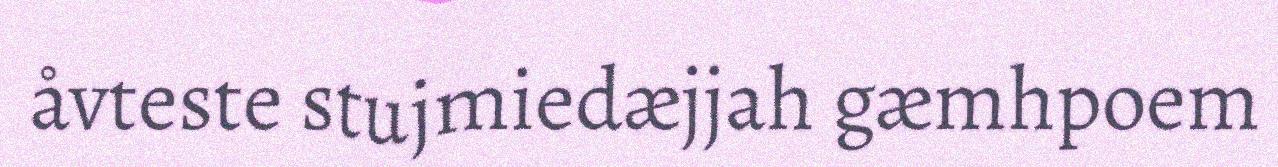
åvteste stujmiedæjjah gæmhpoem